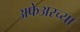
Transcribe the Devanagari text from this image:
अफेअरच्या